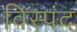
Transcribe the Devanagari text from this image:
विस्पंद